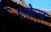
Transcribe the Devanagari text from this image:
एकेन